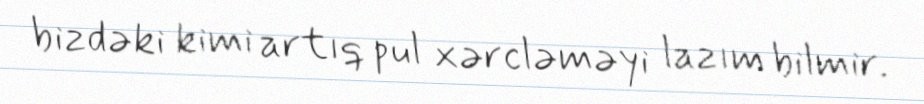
bizdəki kimi artıq pul xərcləməyi lazım bilmir.